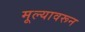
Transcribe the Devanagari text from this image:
मूल्यावरून